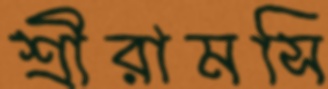
শ্রীরামসি